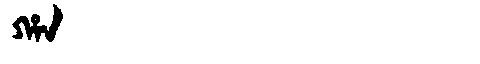
Manchu: ᡥᠠᠨ
Romanization: HAN